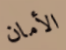
الأمان